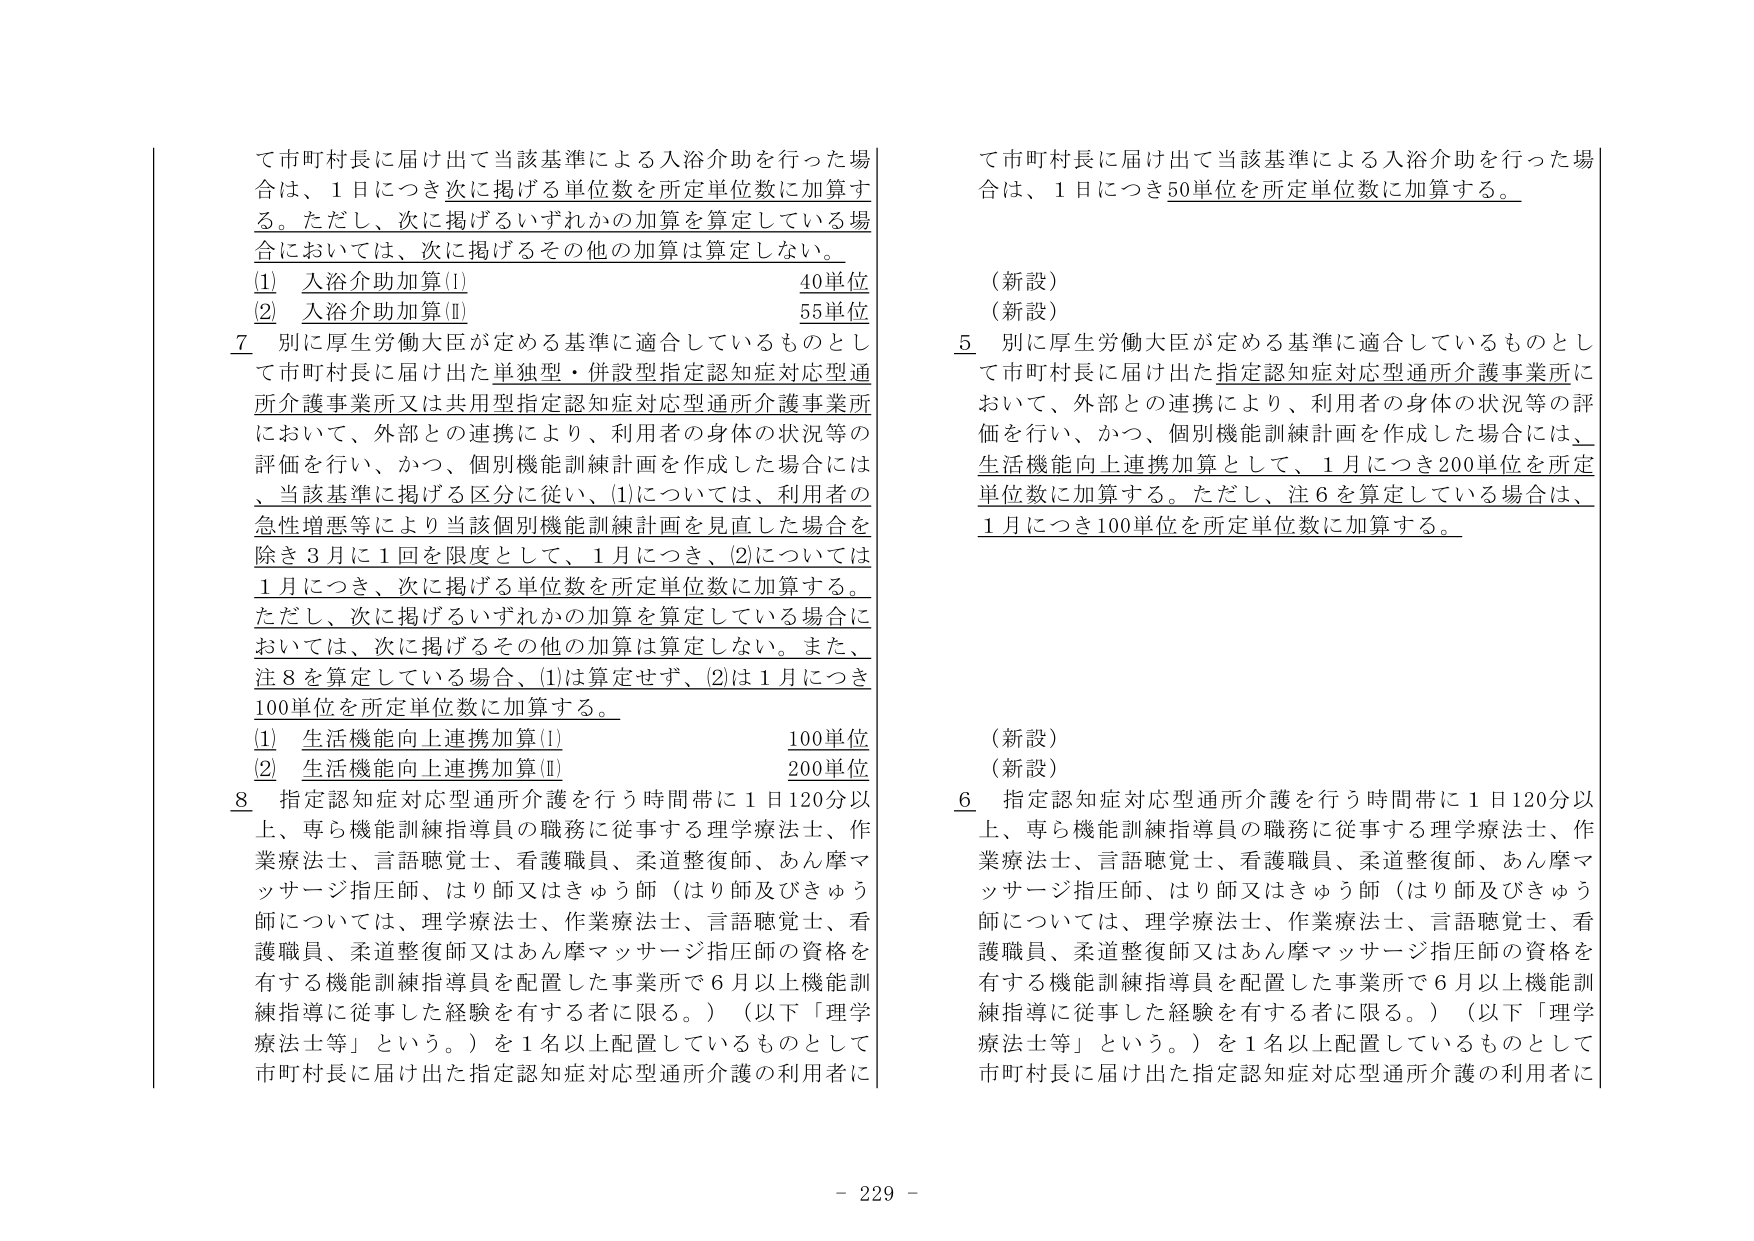
て市町村長に届け出て当該基準による入浴介助を行った場合 は、1日につき次に掲げる単位数を所定単位数に加算する。ただし、次に掲げるいずれかの加算を算定している場合 においては、次に掲げるその他の加算は算定しない。
(1) 入浴介助加算(I) 40単位
(2) 入浴介助加算(Ⅱ) 55単位
7 別に厚生労働大臣が定める基準に適合しているものとして市町村長に届け出た単独型・併設型指定認知症対応型通 所介護事業所又は共用型指定認知症対応型通所介護事業所 において、外部との連携により、利用者の身体の状況等の 評価を行い、かつ、個別機能訓練計画を作成した場合には 、当該基準に掲げる区分に従い、(1)については、利用者の 急性増悪等により当該個別機能訓練計画を見直した場合を 除き3月に1回を限度として、1月につき、(2)については 1月につき、次に掲げる単位数を所定単位数に加算する。 ただし、次に掲げるいずれかの加算を算定している場合に おいては、次に掲げるその他の加算は算定しない。また、 注8を算定している場合、(1)は算定せず、(2)は1月につき 100単位を所定単位数に加算する。
(1) 生活機能向上連携加算(I) 100単位
(2) 生活機能向上連携加算(Ⅱ) 200単位
8 指定認知症対応型通所介護を行う時間帯に1日120分以 上、専ら機能訓練指導員の職務に従事する理学療法士、作 業療法士、言語聴覚士、看護職員、柔道整復師、あん摩マ ッサージ指圧師、はり師又はきゅう師（はり師及びきゅう 師については、理学療法士、作業療法士、言語聴覚士、看 護職員、柔道整復師又はあん摩マッサージ指圧師の資格を 有する機能訓練指導員を配置した事業所で6月以上機能訓 練指導に従事した経験を有する者に限る。）（以下「理学 療法士等」という。）を1名以上配置しているものとして 市町村長に届け出た指定認知症対応型通所介護の利用者に

て市町村長に届け出て当該基準による入浴介助を行った場 合は、1日につき50単位を所定単位数に加算する。
（新設）
（新設）
5 別に厚生労働大臣が定める基準に適合しているものとし て市町村長に届け出た指定認知症対応型通所介護事業所に おいて、外部との連携により、利用者の身体の状況等の評 価を行い、かつ、個別機能訓練計画を作成した場合には、 生活機能向上連携加算として、1月につき200単位を所定 単位数に加算する。ただし、注6を算定している場合は、 1月につき100単位を所定単位数に加算する。
（新設）
（新設）
6 指定認知症対応型通所介護を行う時間帯に1日120分以 上、専ら機能訓練指導員の職務に従事する理学療法士、作 業療法士、言語聴覚士、看護職員、柔道整復師、あん摩マ ッサージ指圧師、はり師又はきゅう師（はり師及びきゅう 師については、理学療法士、作業療法士、言語聴覚士、看 護職員、柔道整復師又はあん摩マッサージ指圧師の資格を 有する機能訓練指導員を配置した事業所で6月以上機能訓 練指導に従事した経験を有する者に限る。）（以下「理学 療法士等」という。）を1名以上配置しているものとして 市町村長に届け出た指定認知症対応型通所介護の利用者に

- 229 -